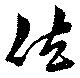
佐